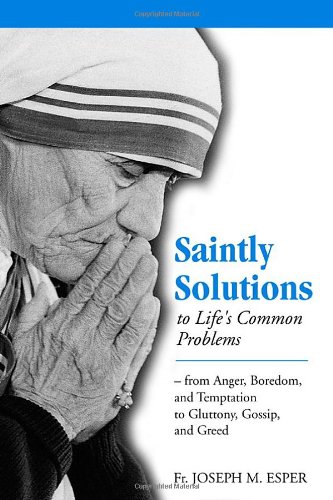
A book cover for Saintly Solutions to Life's Common Problems: From Anger, Boredom, and Temptation to Gluttony, Gossip, and Greed; Joseph M. Esper; Christian Books & Bibles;